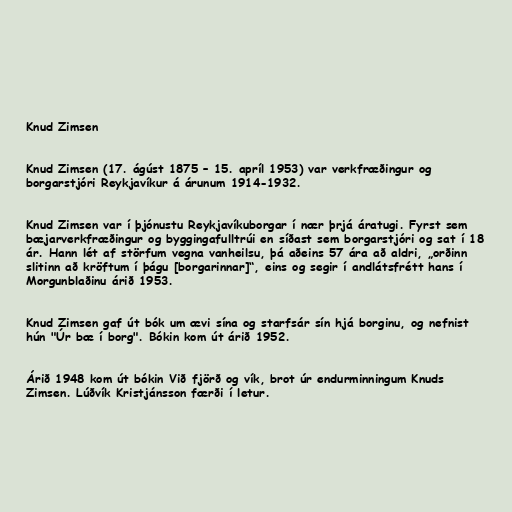
Knud Zimsen

Knud Zimsen (17. ágúst 1875 – 15. apríl 1953) var verkfræðingur og
borgarstjóri Reykjavíkur á árunum 1914-1932.

Knud Zimsen var í þjónustu Reykjavíkuborgar í nær þrjá áratugi. Fyrst sem
bæjarverkfræðingur og byggingafulltrúi en síðast sem borgarstjóri og sat í 18
ár. Hann lét af störfum vegna vanheilsu, þá aðeins 57 ára að aldri, „orðinn
slitinn að kröftum í þágu [borgarinnar]“, eins og segir í andlátsfrétt hans í
Morgunblaðinu árið 1953.

Knud Zimsen gaf út bók um ævi sína og starfsár sín hjá borginu, og nefnist
hún "Úr bæ í borg". Bókin kom út árið 1952.

Árið 1948 kom út bókin Við fjörð og vík, brot úr endurminningum Knuds
Zimsen. Lúðvík Kristjánsson færði í letur.